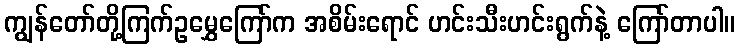
ကျွန်တော်တို့ကြက်ဥမွှေကြော်က အစိမ်းရောင် ဟင်းသီးဟင်းရွက်နဲ့ ကြော်တာပါ။